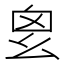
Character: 𢆿